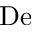
\mathrm { D e }